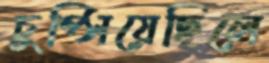
চুপ্‌সিয়েছিলে